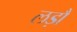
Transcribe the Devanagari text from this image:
लड़ौं